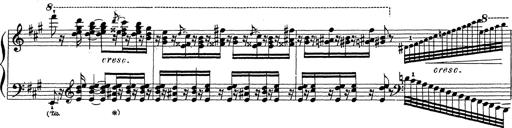
Title: Ballade No.1
Composer: Richard St. Clair